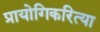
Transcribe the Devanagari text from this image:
प्रायोगिकरित्या